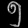
Digit: ၅